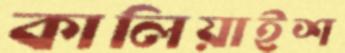
কালিয়াইশ